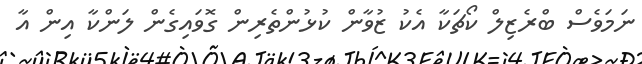
ނަމަވެސް ބްރެޒިލް ކޯޗަކާ އެކު ޒުވާން ކުޅުންތެރިން ގޮވައިގެން ލަންކާ އިން އާ